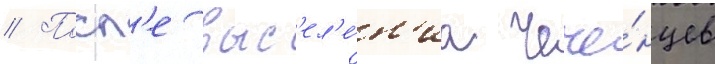
// Посл'е выс'ел'е́н'иа чече́нцев